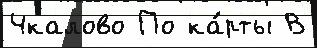
Чкалово По ка́рты В